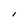
Character: I